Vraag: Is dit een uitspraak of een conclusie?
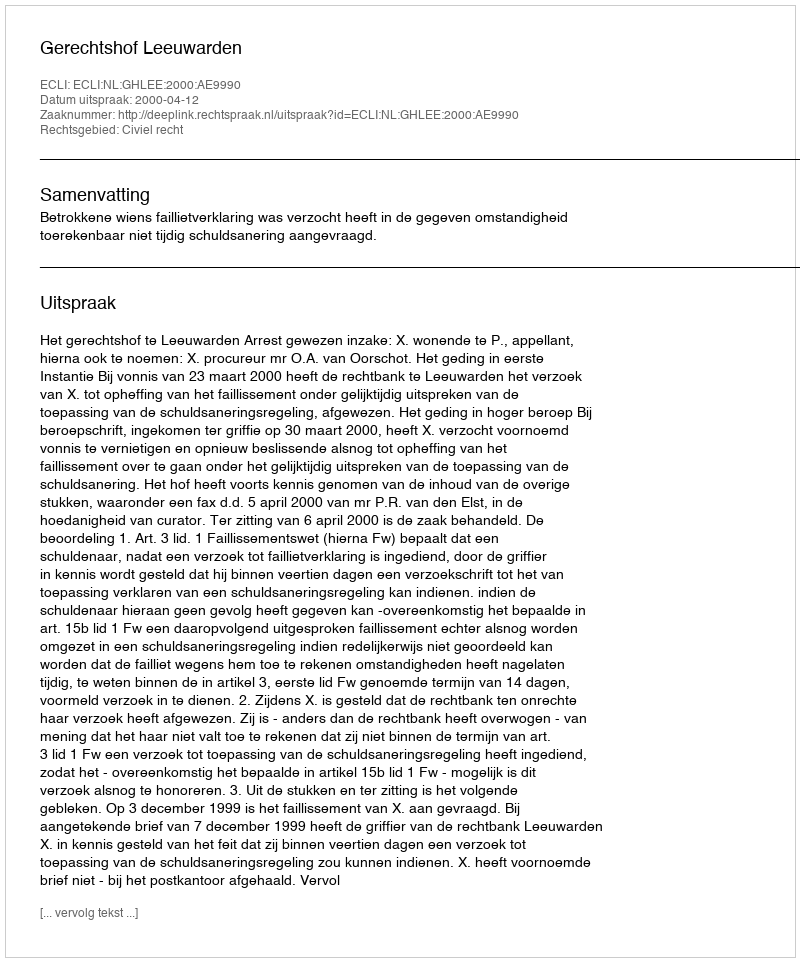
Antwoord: Uitspraak